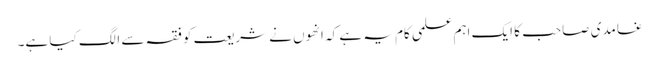
غامدی صاحب کا ایک اہم علمی کام یہ ہے کہ انھوں نے شریعت کو فقہ سے الگ کیا ہے۔